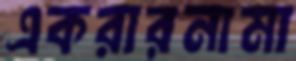
একরারনামা